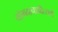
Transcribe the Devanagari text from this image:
योगदानाप्रीत्यर्थ